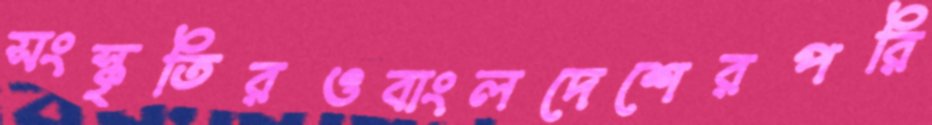
সংস্কৃতিরওবাংলদেশেরপরি